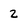
Character: 2